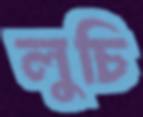
লুচি